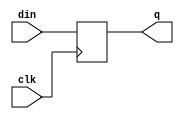
module dff(clk,din,q);
   input clk;
   input din;
   output reg q;
   
   always@(posedge clk)
   begin
     q<=din;
   end
   
endmodule